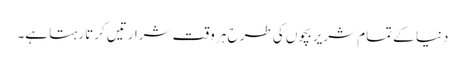
دنیا کے تمام شریر بچوں کی طرح ہر وقت شرارتیں کرتا رہتا ہے۔